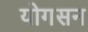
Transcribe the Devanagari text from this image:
योगसन